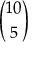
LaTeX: \binom { 1 0 } { 5 }